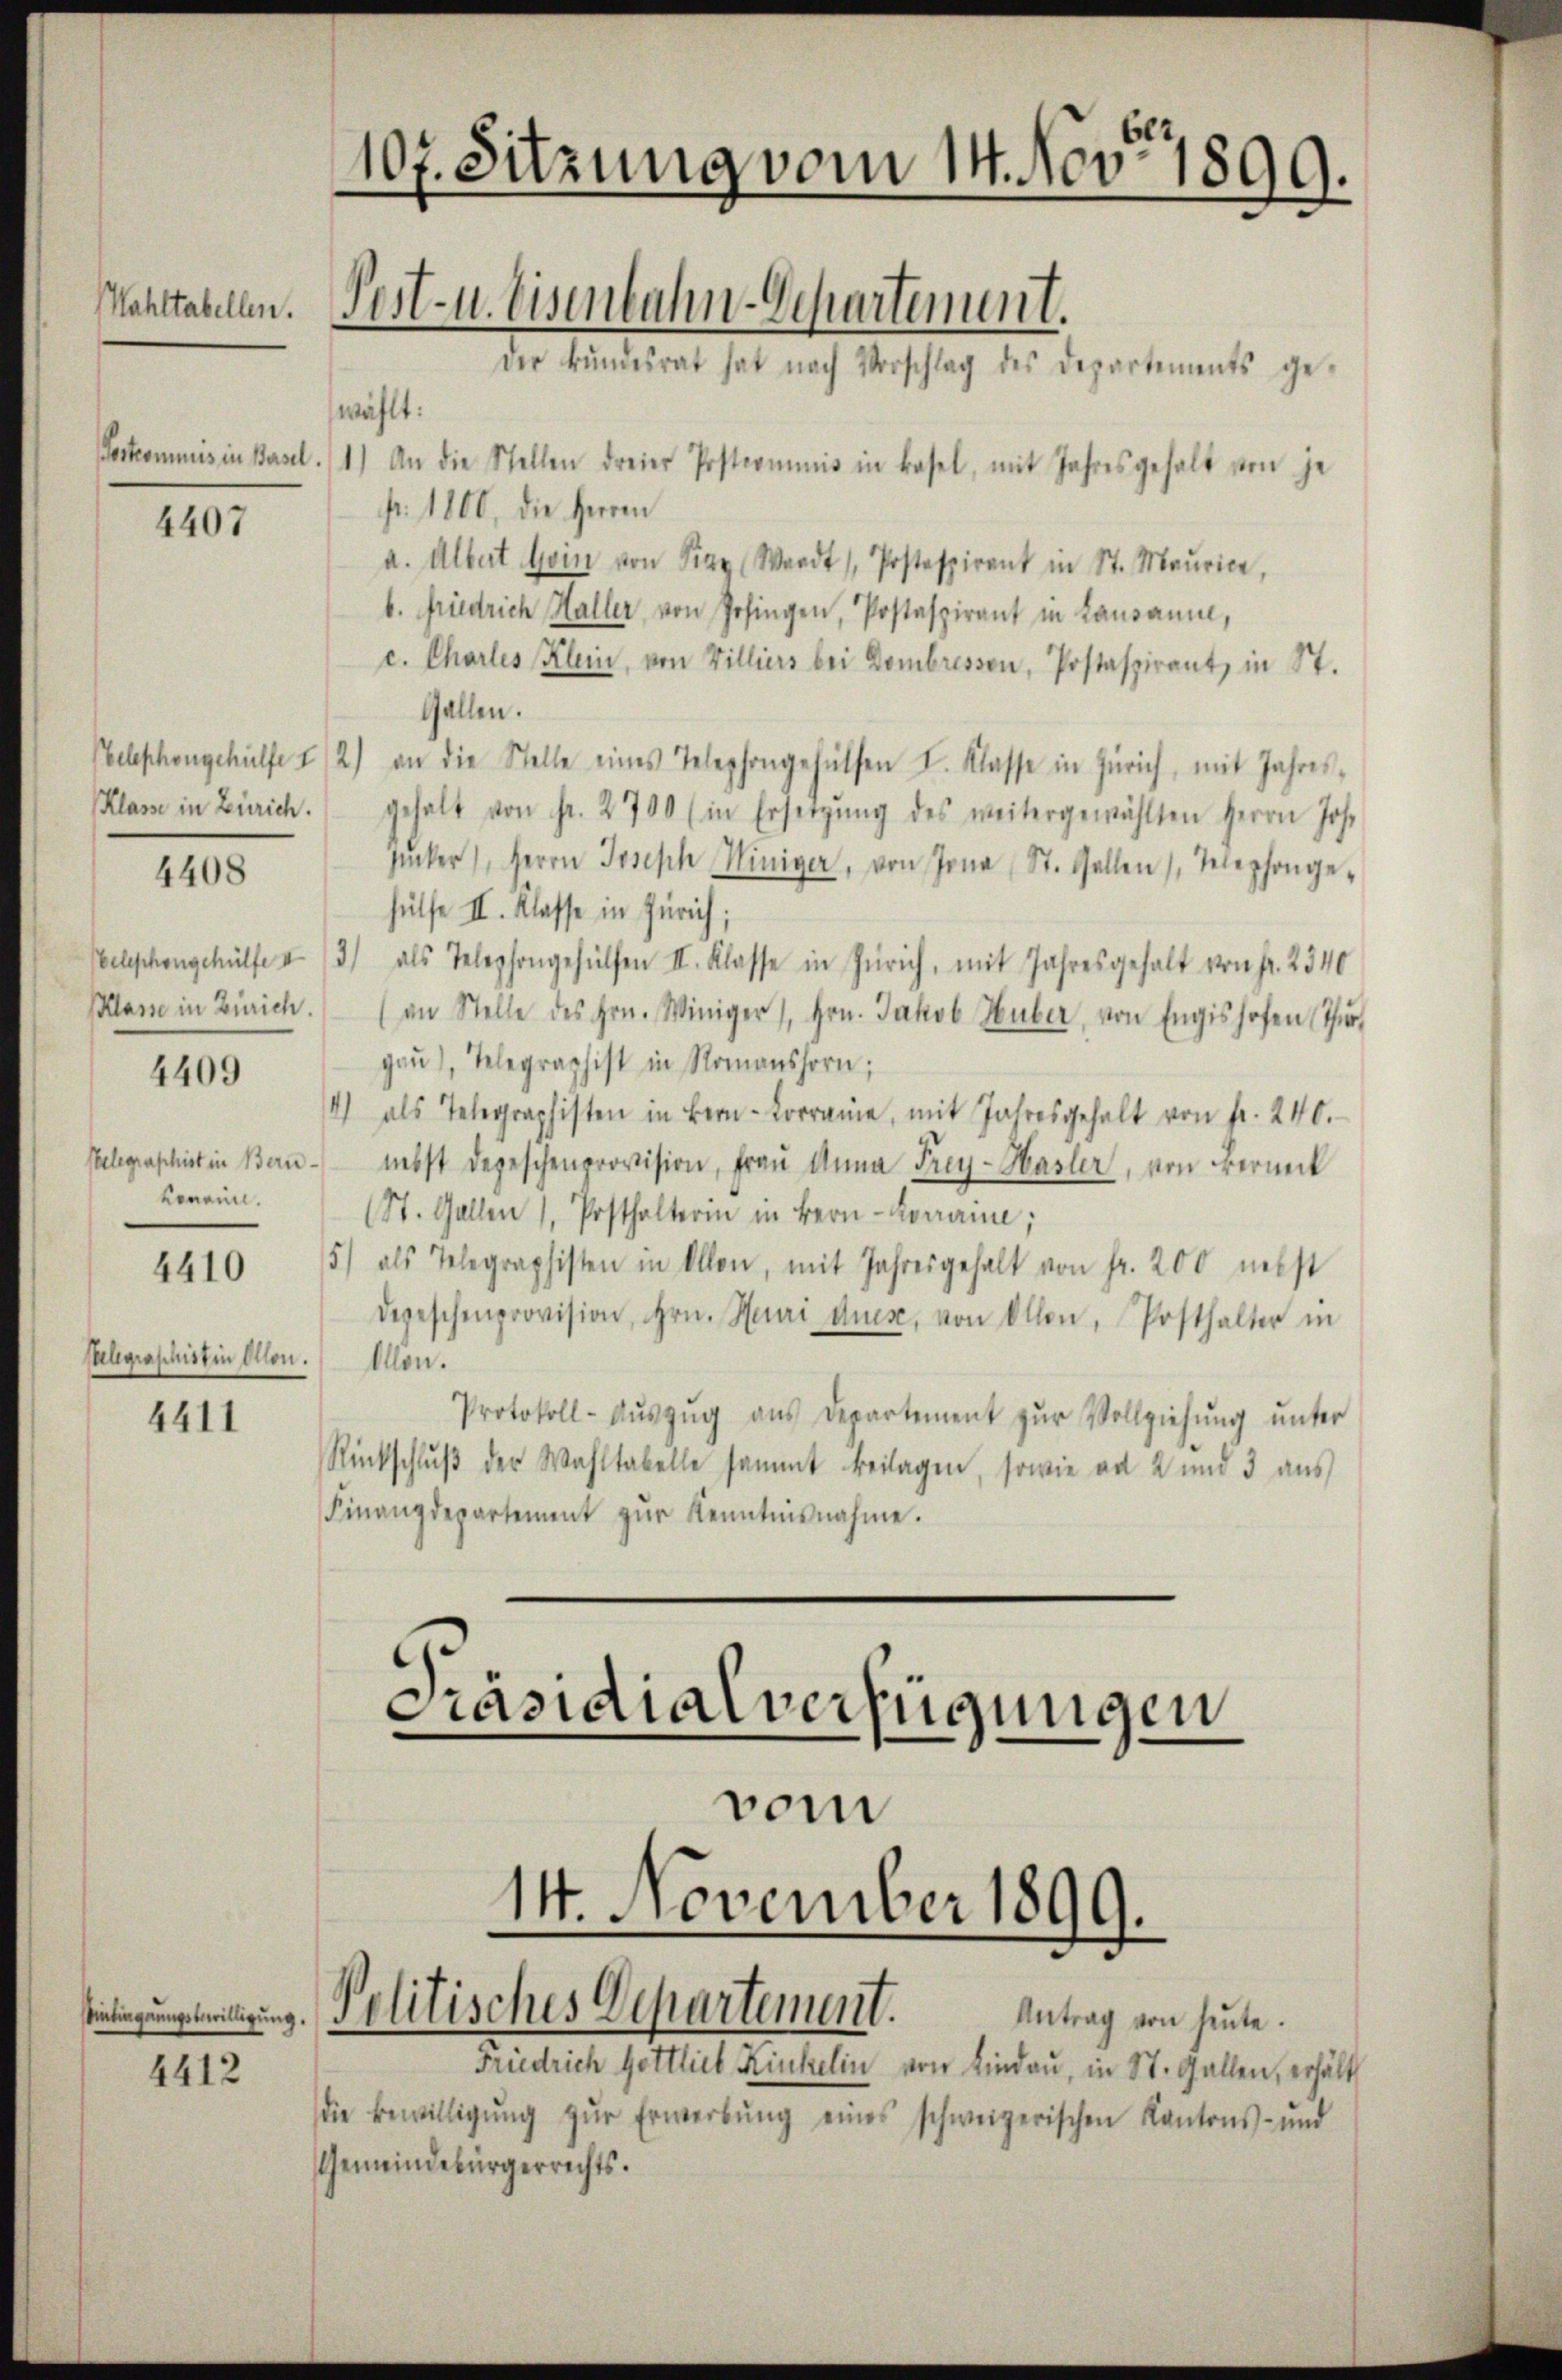
ahltabellen.

Vorkommis in Basel.

4407

Klasse in Zürich.

4408

Klasse in Zürich.
Pelegraphist in Beru¬
Lonein.
4410
Caligraphist in Ollon.

4409

4411

4412

107. Sitzung vom 14. Nov. 1899.
Pest- u. Eisenbahn-Departement.

wählt:
1.) An die Stellen dreier Postcommis in Basel, mit Jahresgehalt von je
pr. 1800, die Herren
a. Albert sein von Frey Waadt / Postspirant in St. Maurice,
b. Friedrich Haller, von Zofingen, Postaspirant in Lausanne,
c. Chartes Klein, von Villiers bei Dombressen, Postaspirant, in St.
Gallen.
Telephongehülfe I 2) an die Stelle eines Telephongehülfen I. Klasse in Zürich, mit Jahres-
gehalt von Fr. 2700 (in Ersetzŭng des weitergewählten Herrn Jos.
Zucker, Herrn Joseph Winiger, von Jona St. Gallen, Telephonge-
hülfe II. Klasse in Zürich;
Telephongehülfe u. 3) als Telephongehülfen II. Klasse in Zürich, mit Jahresgehalt von Fr. 2540
(an Stelle des Hrn. Winiger Hrn. Jakob Huber, von Engishofen Thur
gau), Telegraphist in Romanshorn,
4) als Telegraphisten in Bern- Korrane, mit Jahresgehalt von fr. 240.
nebst depeschenprovision, Frau Anna Frey-Hasler, von vermit
(St. Gallen 1, Posthalterin in Bern-Romaine;
5) als Telegraphisten in Allen, mit Jahresgehalt von Fr. 200 nebst
Depeschenprovision, Hrn. Heuri dues, von Allen, Posthalter in
Alon.
Protokoll- Aŭszŭg aŭs Departement zŭr Vollziehŭng ŭnter
Rückschlŭβ der Wahltabelle sammt Beilagen, sowie an 2 und 3 aus
Finanzdepartement zŭr Kenntnisnahme.

Der Bŭndesrat hat nach Vorschlag des Departements ge¬

Präsidialverfügungen

14. November 1899.
seitigungstreitung. Politisches Departement.
Antrag von heute.

vom

Friedrich Gettlieb Kinkelin von Lindau, in St. Gallen, erhält
die Bewilligŭng zŭr Erwerbŭng eines schweizerischen Kantons- und
Gemeindebürgerrechts.